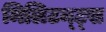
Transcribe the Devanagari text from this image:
मिलिटन्ट्स